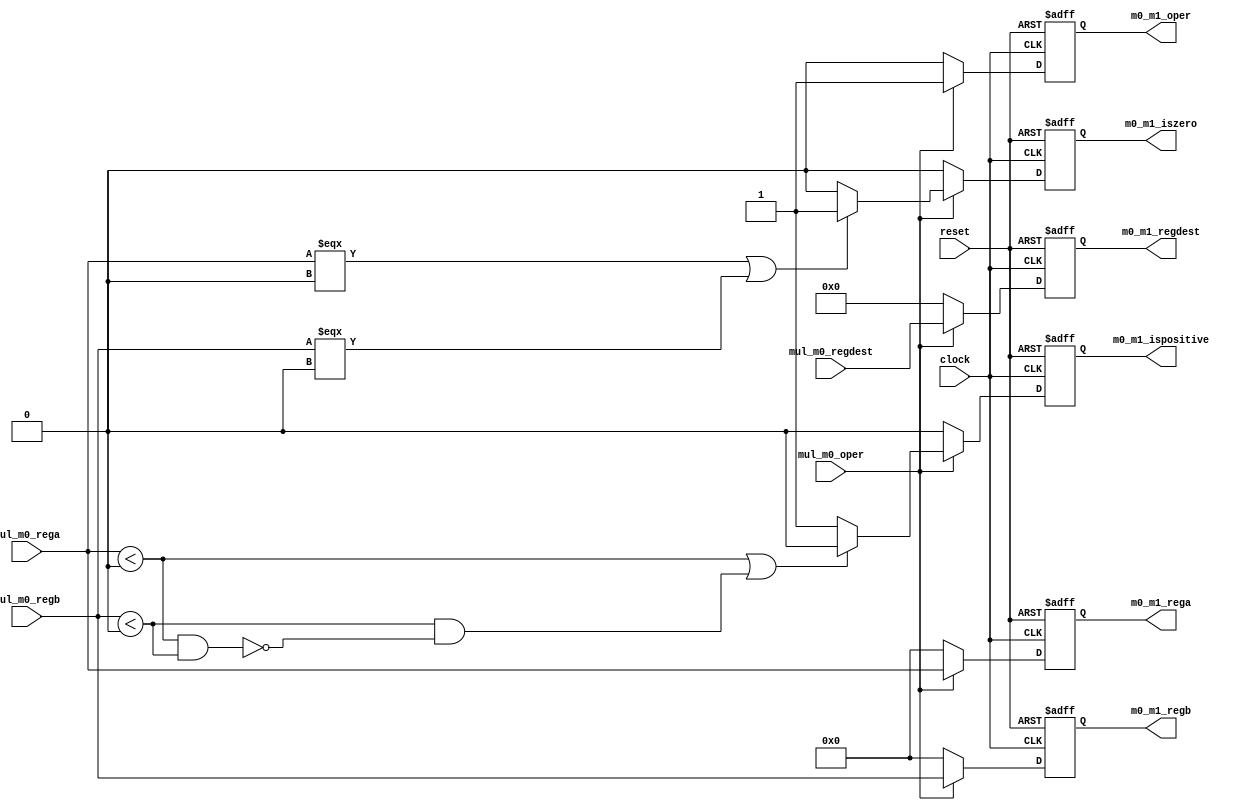
module Mult_0 (
    input clock,
    input reset,

    input mul_m0_oper,

    input [31:0] mul_m0_rega, // First value to be multiplied
    input [31:0] mul_m0_regb, // Second value to be multiplied
    input [4:0] mul_m0_regdest,

    output reg m0_m1_oper,

    output reg [31:0] m0_m1_rega,
    output reg [31:0] m0_m1_regb,
    output reg [4:0] m0_m1_regdest,

    output reg m0_m1_ispositive,
    output reg m0_m1_iszero
);

always @(posedge clock or negedge reset) begin
    if (~reset) begin
        m0_m1_oper <= 1'b0;
        m0_m1_rega <= 32'h0000_0000;
        m0_m1_regb <= 32'h0000_0000;
        m0_m1_regdest <= 5'b00000;
        m0_m1_ispositive <= 1'b0;
        m0_m1_iszero <= 1'b0;
    end else if (~mul_m0_oper) begin
        m0_m1_oper <= 1'b0;
        m0_m1_rega <= 32'h0000_0000;
        m0_m1_regb <= 32'h0000_0000;
        m0_m1_regdest <= 5'b00000;
        m0_m1_ispositive <= 1'b0;
        m0_m1_iszero <= 1'b0;
    end else begin
        m0_m1_oper <= 1'b1;
        m0_m1_rega <= mul_m0_rega;
        m0_m1_regb <= mul_m0_regb;
        m0_m1_regdest <= mul_m0_regdest;
        
        if (mul_m0_rega === 32'h0000_0000 || mul_m0_regb === 32'h0000_0000) begin
            m0_m1_iszero <= 1'b1;
        end else begin
            m0_m1_iszero <= 1'b0;
        end

        if ($signed(mul_m0_rega) < 32'sh0000_0000 || $signed(mul_m0_regb) < 32'sh0000_0000 &&
            !($signed(mul_m0_rega) < 32'sh0000_0000 && $signed(mul_m0_regb) < 32'sh0000_0000)) begin
            m0_m1_ispositive <= 1'b0;
        end else begin
            m0_m1_ispositive <= 1'b1;
        end

    end
end


endmodule